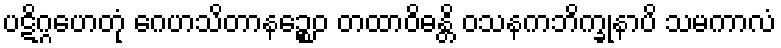
ပဋိဂ္ဂဟေတုံ ဂေဟသိတာနဉ္စေဝ တထာဝိဓန္တိ ဝသနကဘိက္ခုနာပိ သမကာလံ